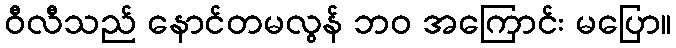
ဝီလီသည် နောင်တမလွန် ဘဝ အကြောင်း မပြော။